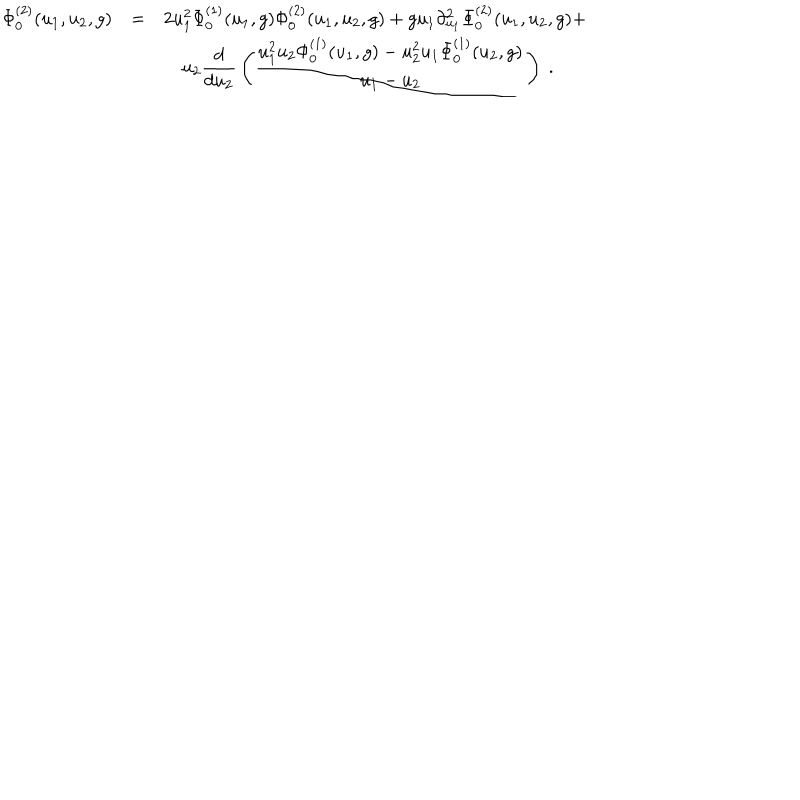
LaTeX: \begin{array} { r c l } { { \Phi _ { 0 } ^ { ( 2 ) } ( u _ { 1 } , u _ { 2 } , g ) } } & { { = } } & { { 2 u _ { 1 } ^ { 2 } \Phi _ { 0 } ^ { ( 1 ) } ( u _ { 1 } , g ) \Phi _ { 0 } ^ { ( 2 ) } ( u _ { 1 } , u _ { 2 } , g ) + g u _ { 1 } \partial _ { u _ { 1 } } ^ { 2 } \Phi _ { 0 } ^ { ( 2 ) } ( u _ { 1 } , u _ { 2 } , g ) + } } \\ { { } } & { { } } & { { \displaystyle \quad u _ { 2 } { \frac { d } { d u _ { 2 } } } \left( { \frac { u _ { 1 } ^ { 2 } u _ { 2 } \Phi _ { 0 } ^ { ( 1 ) } ( u _ { 1 } , g ) - u _ { 2 } ^ { 2 } u _ { 1 } \Phi _ { 0 } ^ { ( 1 ) } ( u _ { 2 } , g ) } { u _ { 1 } - u _ { 2 } } } \right) \ . } } \\ \end{array}